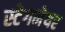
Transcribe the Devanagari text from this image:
स्टेगमेयर